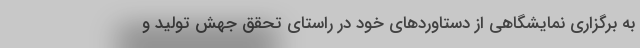
به برگزاری نمایشگاهی از دستاوردهای خود در راستای تحقق جهش تولید و